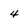
Character: 4